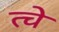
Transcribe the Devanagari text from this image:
त्चे